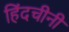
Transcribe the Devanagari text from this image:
हिंदचीनी